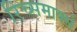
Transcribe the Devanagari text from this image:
रिच्समार्क्स